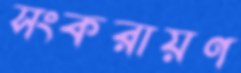
সংকরায়ণ